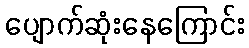
ပျောက်ဆုံးနေကြောင်း